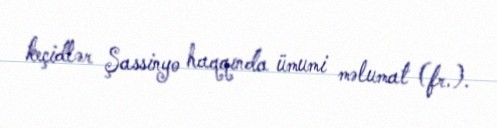
keçidlər Şassinyo haqqında ümumi məlumat (fr.).